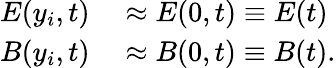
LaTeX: \begin{array}{rl}{E(y_{i},t)}&{{}\approx E(0,t)\equiv E(t)}\\ {B(y_{i},t)}&{{}\approx B(0,t)\equiv B(t).}\end{array}